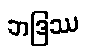
ဘဒြဿ